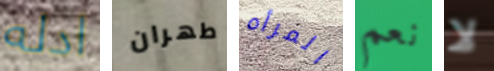
ادله طهران المرأه نعم لا